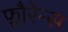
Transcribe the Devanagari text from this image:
फ्लौरेन्स